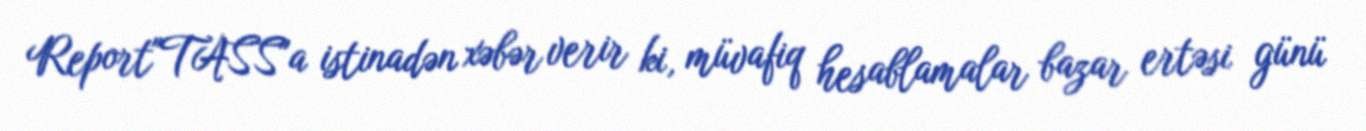
Report"TASS"a istinadən xəbər verir ki, müvafiq hesablamalar bazar ertəsi günü